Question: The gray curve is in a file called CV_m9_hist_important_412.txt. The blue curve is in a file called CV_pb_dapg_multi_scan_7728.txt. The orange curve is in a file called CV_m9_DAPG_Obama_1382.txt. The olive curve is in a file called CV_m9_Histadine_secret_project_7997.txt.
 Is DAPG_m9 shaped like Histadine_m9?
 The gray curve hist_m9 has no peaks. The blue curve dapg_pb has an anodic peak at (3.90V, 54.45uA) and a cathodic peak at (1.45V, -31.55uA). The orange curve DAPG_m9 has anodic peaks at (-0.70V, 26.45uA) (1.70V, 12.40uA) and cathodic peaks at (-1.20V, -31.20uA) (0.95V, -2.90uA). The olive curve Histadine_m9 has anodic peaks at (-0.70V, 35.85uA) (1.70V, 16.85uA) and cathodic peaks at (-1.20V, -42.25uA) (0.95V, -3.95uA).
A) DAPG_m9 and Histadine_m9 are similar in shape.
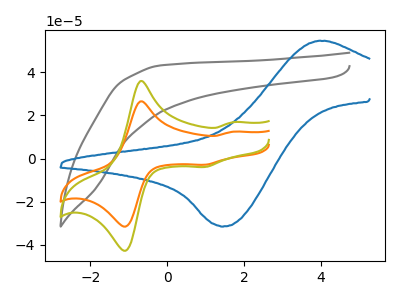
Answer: <think>All the peaks in "DAPG_m9" have a peak in "Histadine_m9" at the same potential. Every peak in "DAPG_m9" is lower than every peak in "Histadine_m9".
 </think>
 <answer>A) "DAPG_m9" and "Histadine_m9" are similar in shape.</answer>
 <eval>A</eval>